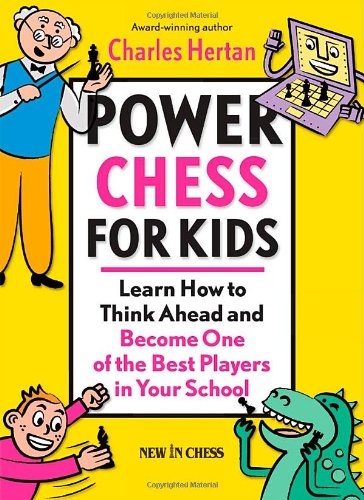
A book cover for Power Chess for Kids: Learn How to Think Ahead and Become One of the Best Players in Your School; Charles Hertan; Humor & Entertainment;